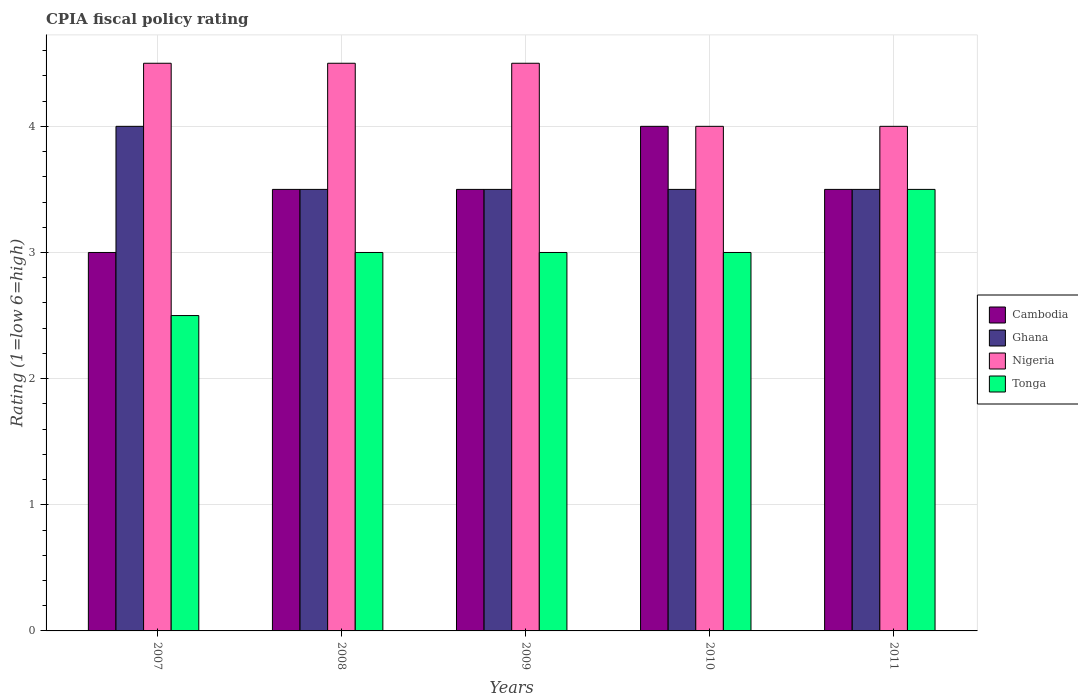
| Years | Cambodia | Ghana | Nigeria | Tonga |
 | --- | --- | --- | --- | --- |
 | 2007 | 3 | 4 | 4.5 | 2.5 |
 | 2008 | 3.5 | 3.5 | 4.5 | 3 |
 | 2009 | 3.5 | 3.5 | 4.5 | 3 |
 | 2010 | 4 | 3.5 | 4 | 3 |
 | 2011 | 3.5 | 3.5 | 4 | 3.5 |